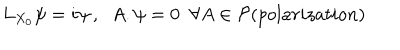
LaTeX: L _ { X _ { 0 } } \psi = i \psi \, , \; \; A . \psi = 0 \; \; \forall A \in { \cal P } ( p o l a r i z a t i o n )